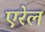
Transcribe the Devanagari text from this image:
एरेल